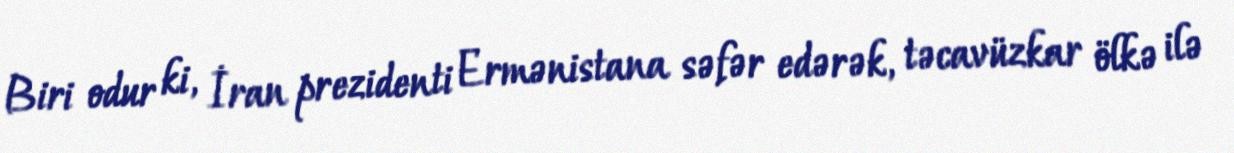
Biri odur ki, İran prezidenti Ermənistana səfər edərək, təcavüzkar ölkə ilə